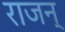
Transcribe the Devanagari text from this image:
राजन्‌